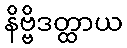
နိဗ္ဗိဒတ္ထာယ